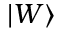
| W \rangle